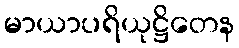
မာယာပရိယုဋ္ဌိတေန